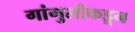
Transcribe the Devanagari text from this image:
गांगुलीकडून